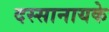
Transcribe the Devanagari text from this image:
दस्सानायके